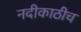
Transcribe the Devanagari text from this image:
नदीकाठीच